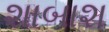
શાબાશ